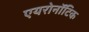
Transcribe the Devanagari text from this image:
एयरोनॉटिक